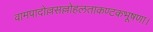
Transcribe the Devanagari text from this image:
वामपादोल्लसल्लोहलताकण्टकभूषणा।